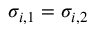
\sigma _ { i , 1 } = \sigma _ { i , 2 }